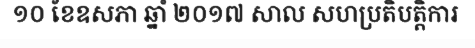
១០ ខែឧសភា ឆ្នាំ ២០១៧ សាល សហប្រតិបត្តិការ